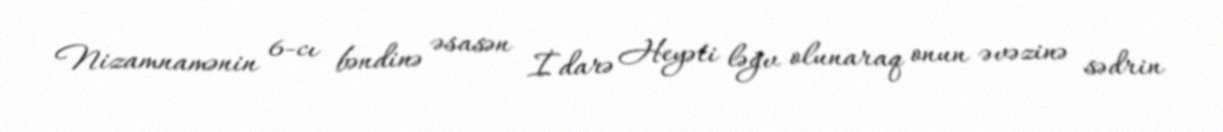
Nizamnamənin 6-cı bəndinə əsasən İdarə Heyəti ləğv olunaraq onun əvəzinə sədrin